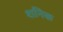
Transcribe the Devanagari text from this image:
शनिक